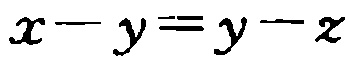
\(x - y = y - z\)